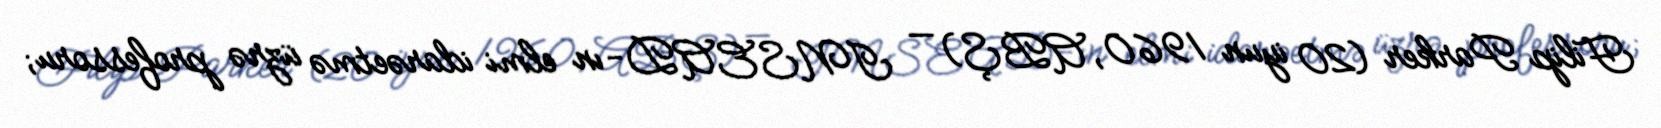
Filip Parker (20 iyun 1960, ABŞ) — INSEAD-ın elmi idarəetmə üzrə professoru;